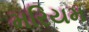
મરિયમ